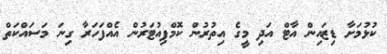
ކުޅުމަށާ ޑިޒައިން އާޓް އަދި މީގެ އިތުރުން ކޮމްޕިއުޓަރުން އެއްފަހަރާ ގިނަ މަސައްކަތް